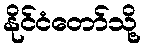
နိုင်ငံတော်သို့